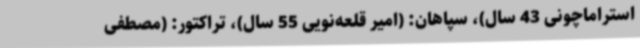
استراماچونی 43 سال)، سپاهان: (امیر قلعه‌نویی 55 سال)، تراکتور: (مصطفی